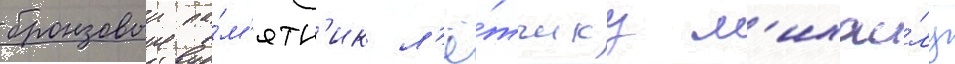
бронзовыи па́м'ятн'ик л'ё́тчику м'ихаи́лу